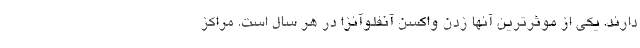
دارند. یکی از موثرترین آنها زدن واکسن آنفلوآنزا در هر سال است. مراکز